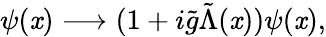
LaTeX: \psi(\mathit{x})\longrightarrow(1+i{\tilde{{g}}}{\tilde{{\Lambda}}}(\mathit{x}))\psi(\mathit{x}),